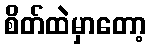
စိတ်ထဲမှာတော့